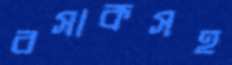
বসাকসহ